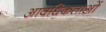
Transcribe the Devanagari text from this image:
आवधिकताओं